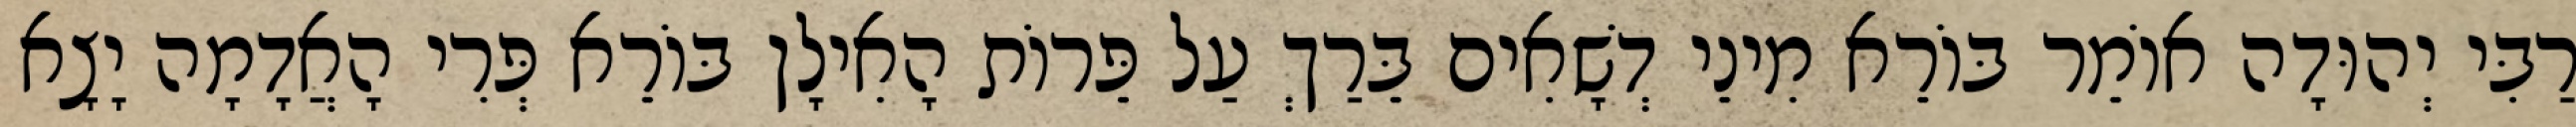
רַבִּי יְהוּדָה אוֹמֵר בּוֹרֵא מִינֵי דְשָׁאִים בֵּרַךְ עַל פֵּרוֹת הָאִילָן בּוֹרֵא פְּרִי הָאֲדָמָה יָצָא